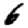
Digit: 6